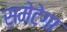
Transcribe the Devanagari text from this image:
समेटेगा